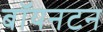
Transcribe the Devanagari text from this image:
बॉयनटन